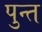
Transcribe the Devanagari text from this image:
पुन्त